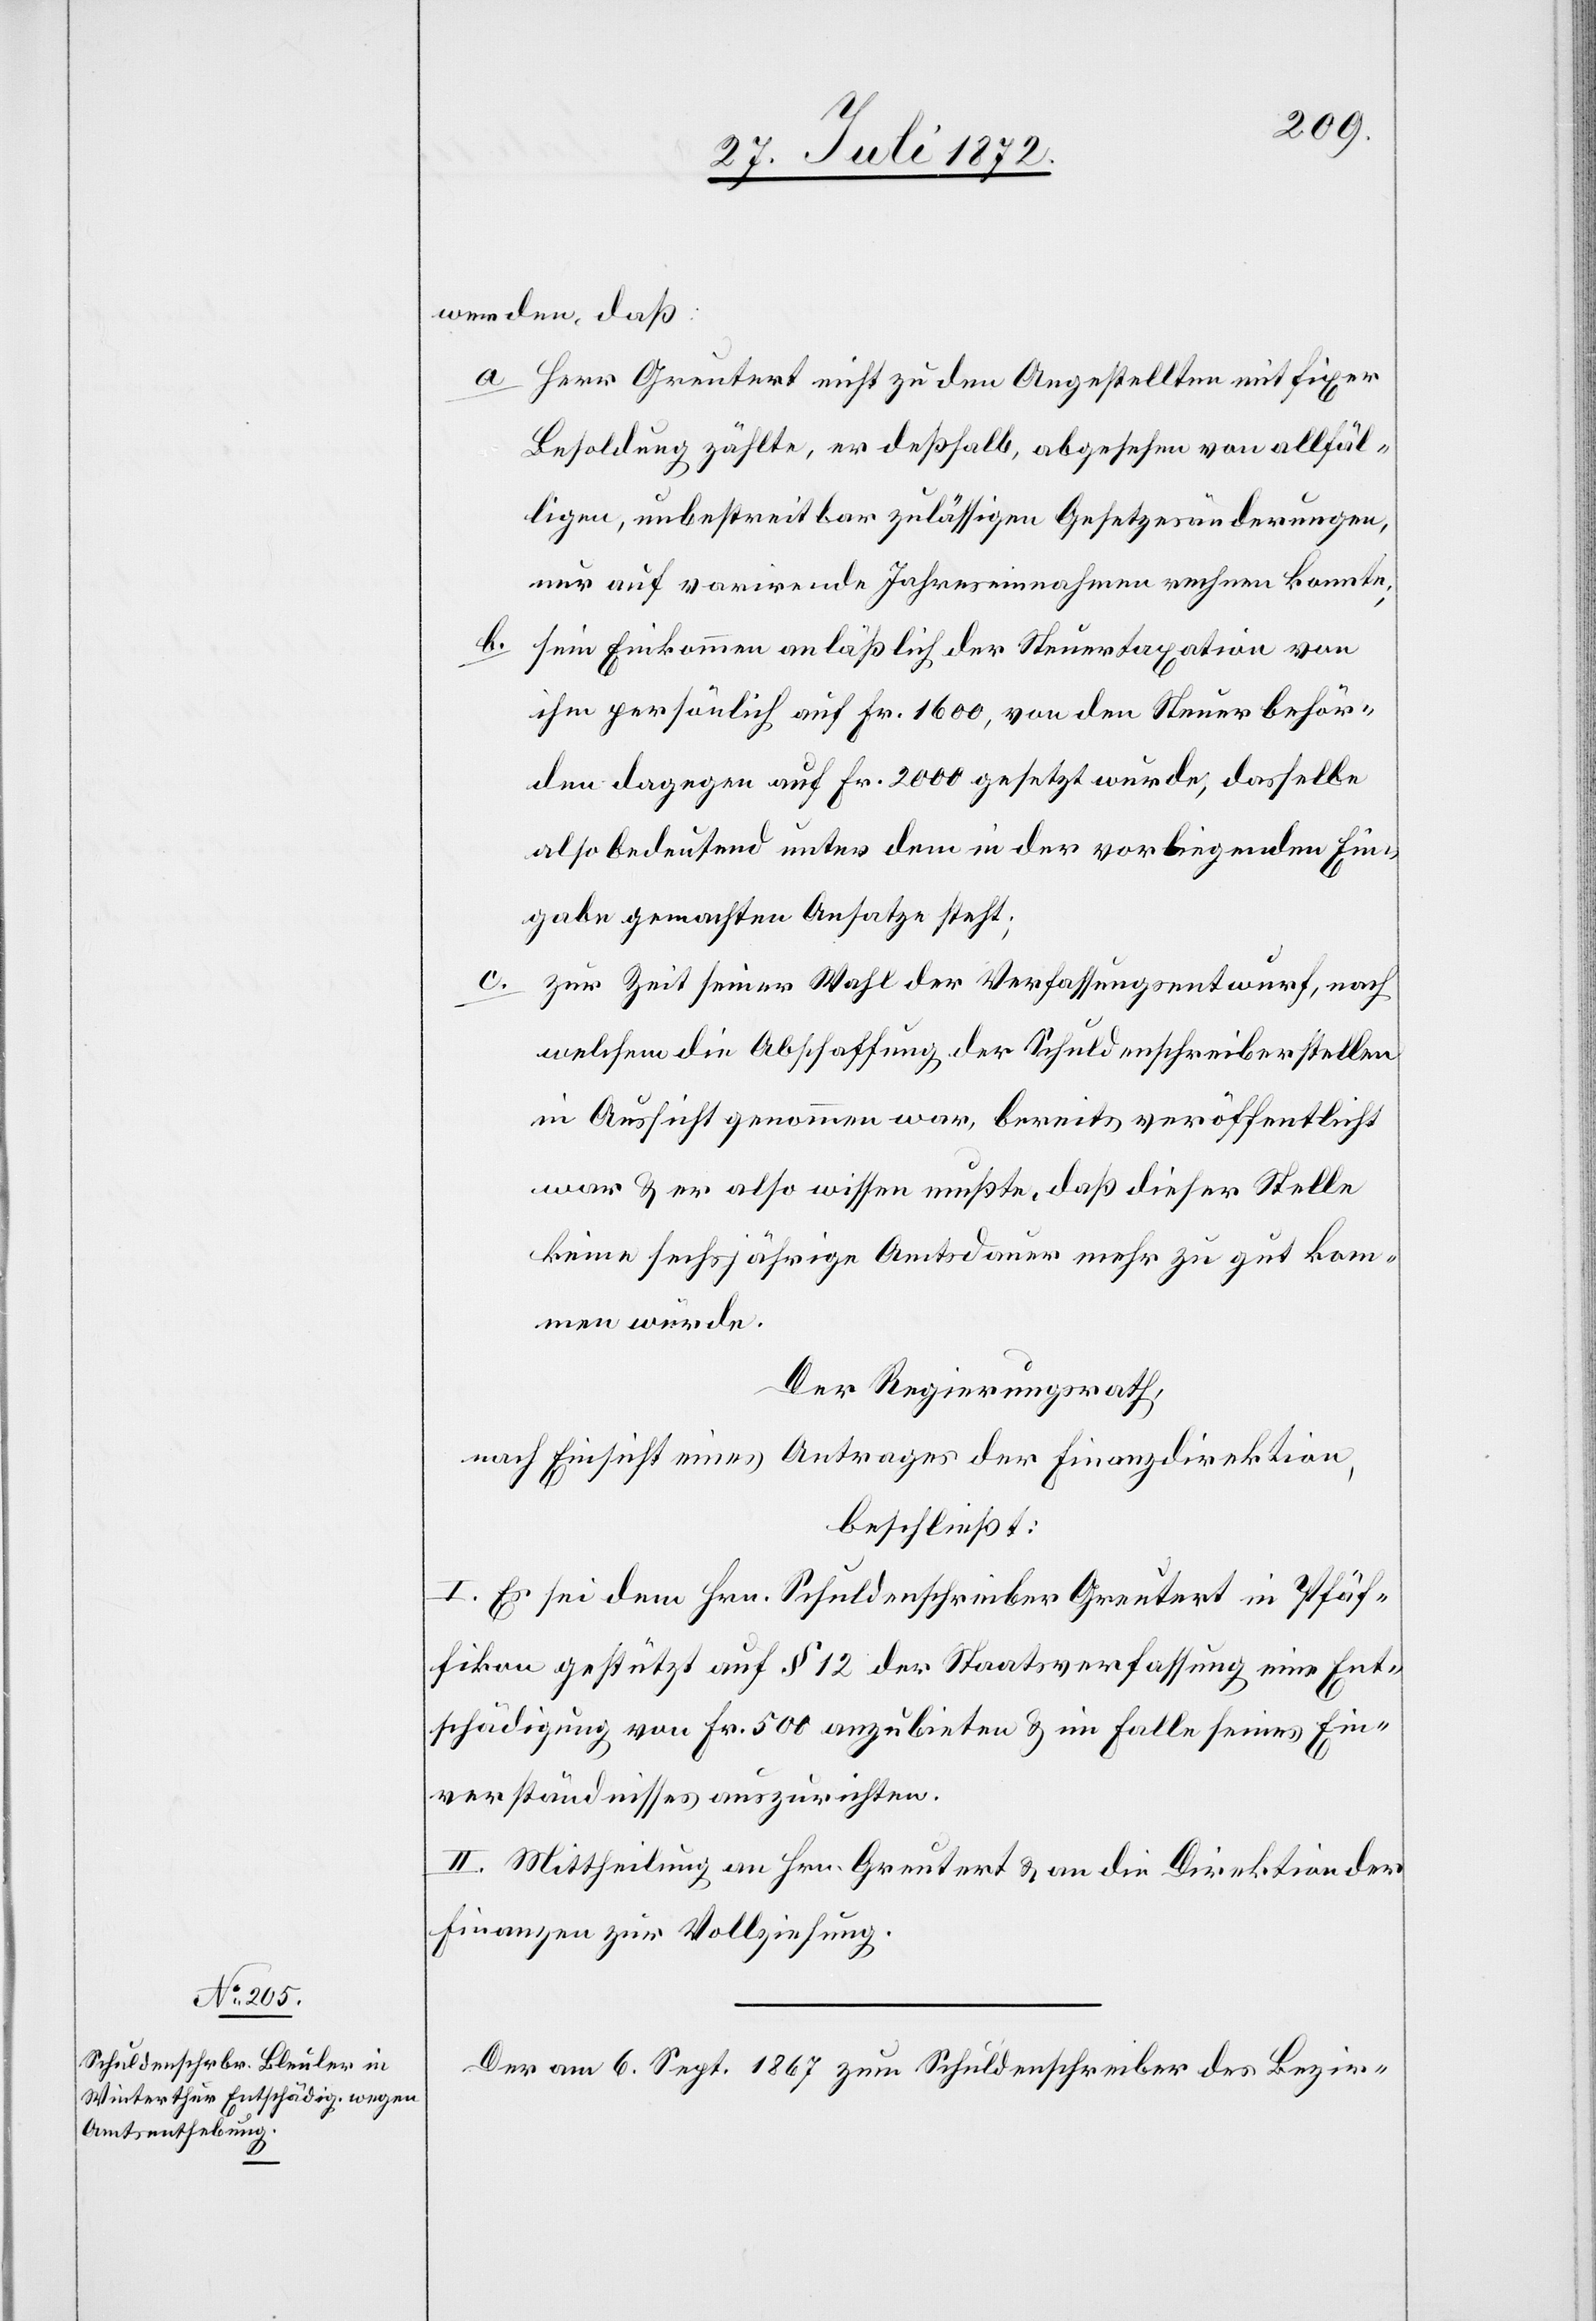
werden, daß:
a. Herr Greutert nicht zu den Angestellten mit fixer
Besoldung zählte, er deßhalb, abgesehen von allfäl¬
ligen, unbestreitbar zulässigen Gesetzesänderungen,
nur auf varirende Jahreseinnahmen rechnen konnte;
b.
sein Einkommen anläßlich der Steuertaxation von
ihm persönlich auf Fr. 1600, von den Steuerbehör¬
den dagegen auf Fr. 2000 gesetzt wurde, dasselbe
also bedeutend unter dem in der vorliegenden Ein¬
gabe gemachten Ansatze steht;
c.
zur Zeit seiner Wahl der Verfassungsentwurf, nach
welchem die Abschaffung der Schuldenschreiberstellen
in Aussicht genommen war, bereits veröffentlicht
war u. er also wissen mußte, daß dieser Stelle
keine sechsjährige Amtsdauer mehr zu gut kom¬
men würde.
Der Regierungsrath,
nach Einsicht eines Antrages der Finanzdirektion,
beschließt:
I. Es sei dem Hrn. Schuldenschreiber Greutert in Pfäf¬
fikon gestützt auf § 12 der Staatsverfassung eine Ent¬
schädigung von Fr. 500 anzubieten u. im Falle seines Ein¬
verständnisses auszurichten.
II. Mittheilung an Hrn. Greutert u. an die Direktion der
Finanzen zur Vollziehung.
Der am 6. Sept. 1867 zum Schuldenschreiber des Bezir-